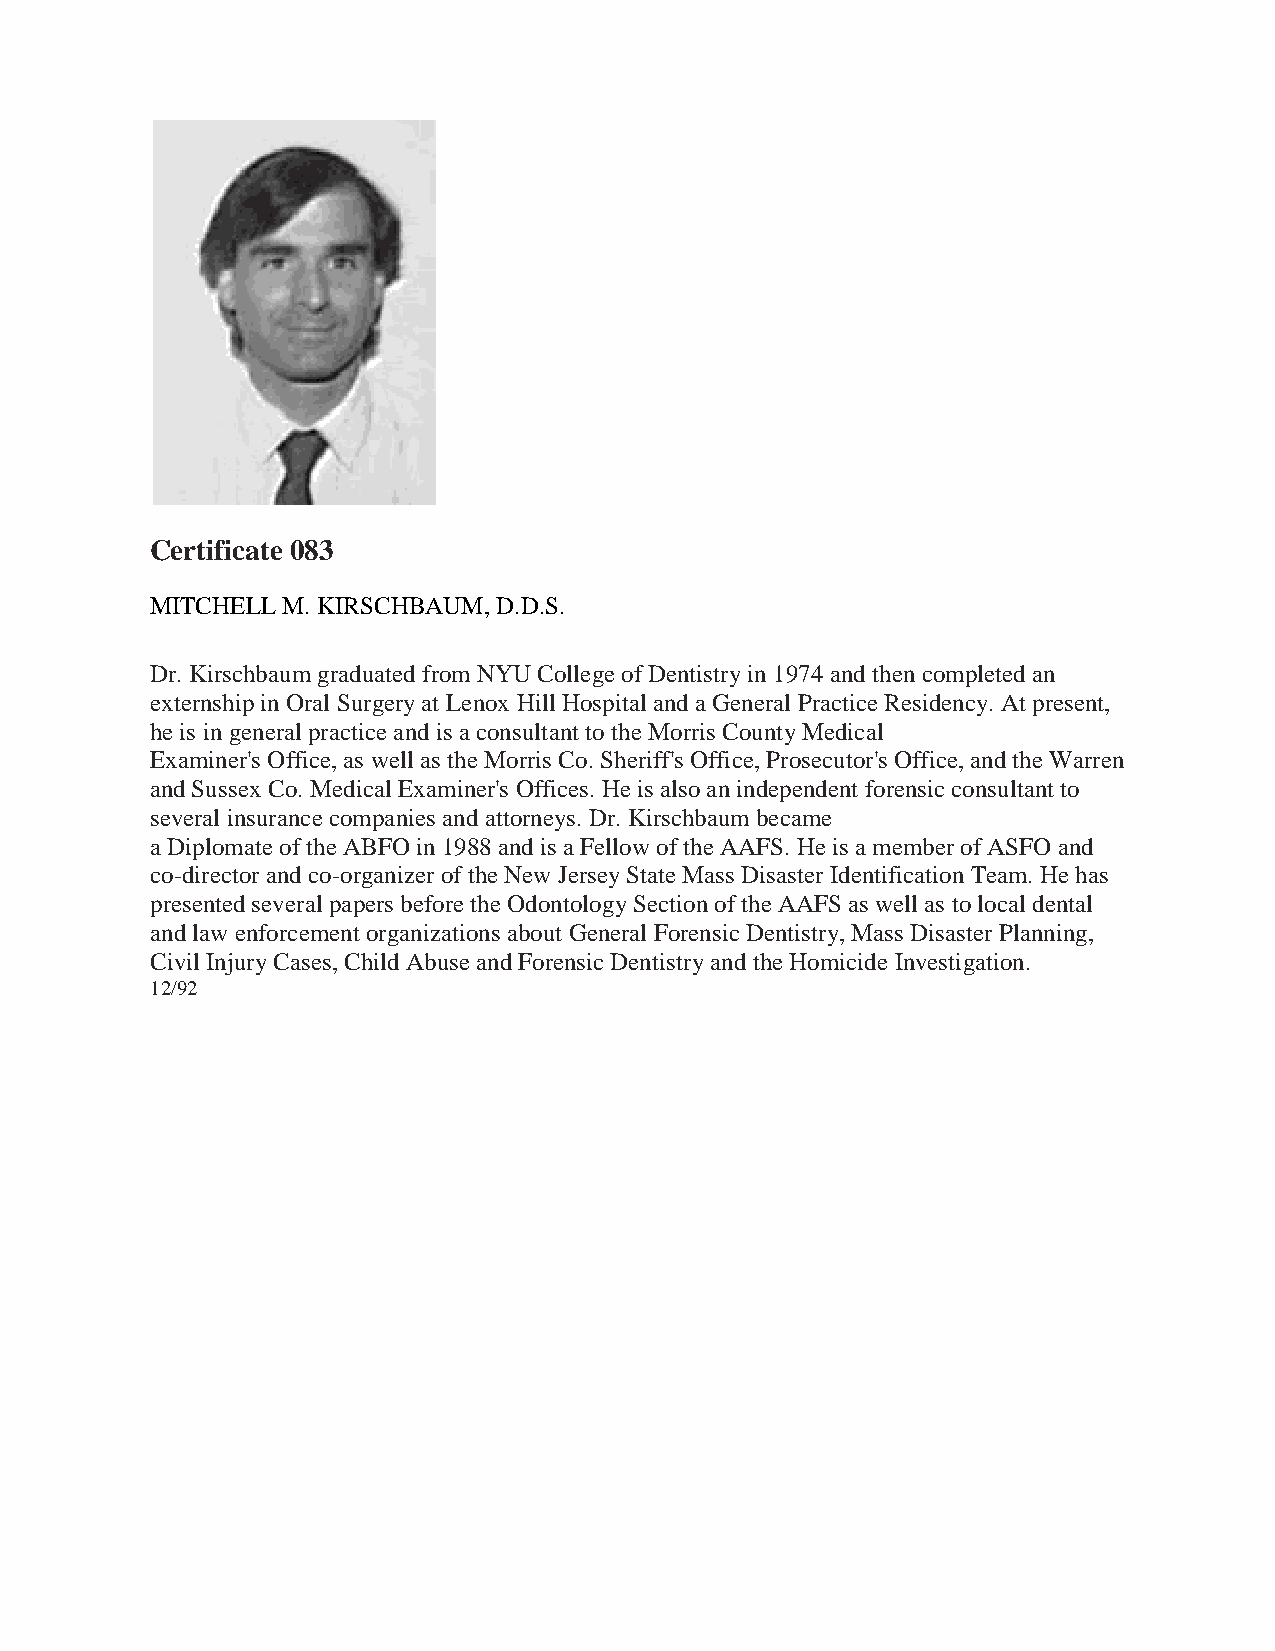
Certificate 083
 MITCHELL M. KIRSCHBAUM, D.D.S.
 Dr. Kirschbaum graduated from NYU College of Dentistry in 1974 and then completed an
 externship in Oral Surgery at Lenox Hill Hospital and a General Practice Residency. At present,
 he is in general practice and is a consultant to the Morris County Medical
 Examiner's Office, as well as the Morris Co. Sheriff's Office, Prosecutor's Office, and the Warren
 and Sussex Co. Medical Examiner's Offices. He is also an independent forensic consultant to
 several insurance companies and attorneys. Dr. Kirschbaum became
 a Diplomate of the ABFO in 1988 and is a Fellow of the AAFS. He is a member of ASFO and
 co-director and co-organizer of the New Jersey State Mass Disaster Identification Team. He has
 presented several papers before the Odontology Section of the AAFS as well as to local dental
 and law enforcement organizations about General Forensic Dentistry, Mass Disaster Planning,
 Civil Injury Cases, Child Abuse and Forensic Dentistry and the Homicide Investigation.
 12/92